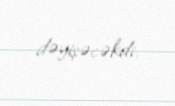
dəyişəcəkdi.